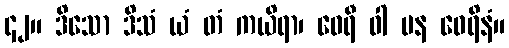
၄၂။ ဒိသော ဒိသံ ယံ တံ ကယိရာ၊ ဝေရီ ဝါ ပန ဝေရိနံ။